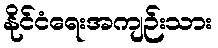
နိုင်ငံရေးအကျဉ်းသား